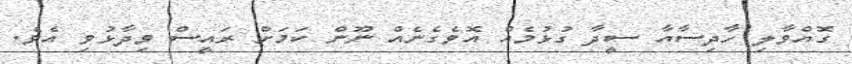
ގޮއްވާލި ހާދިސާއާ ސީދާ ގުޅުމެއް އޮވެގެނެއް ނޫން ކަމަށް ރައީސް ވިދާޅުވި އެވެ.